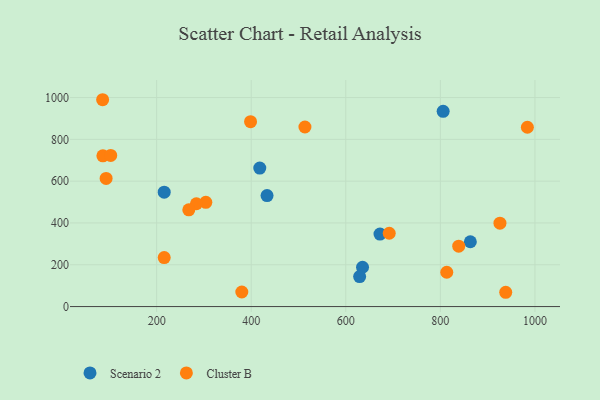
{"axis": {"x": "Study Hours", "y": "Exam Score"}, "legend": ["Cluster B", "Scenario 2"], "data": [{"x": "418.1", "y": 662.8, "type": "Scenario 2"}, {"x": "863.4", "y": 310.1, "type": "Scenario 2"}, {"x": "672.3", "y": 347.0, "type": "Scenario 2"}, {"x": "216.0", "y": 547.5, "type": "Scenario 2"}, {"x": "635.4", "y": 188.1, "type": "Scenario 2"}, {"x": "805.9", "y": 934.1, "type": "Scenario 2"}, {"x": "433.5", "y": 530.9, "type": "Scenario 2"}, {"x": "629.3", "y": 143.6, "type": "Scenario 2"}, {"x": "93.2", "y": 612.9, "type": "Cluster B"}, {"x": "513.6", "y": 859.1, "type": "Cluster B"}, {"x": "304.0", "y": 498.7, "type": "Cluster B"}, {"x": "838.8", "y": 288.8, "type": "Cluster B"}, {"x": "86.3", "y": 721.1, "type": "Cluster B"}, {"x": "398.6", "y": 884.6, "type": "Cluster B"}, {"x": "216.0", "y": 234.4, "type": "Cluster B"}, {"x": "984.0", "y": 857.8, "type": "Cluster B"}, {"x": "691.9", "y": 350.8, "type": "Cluster B"}, {"x": "380.1", "y": 69.7, "type": "Cluster B"}, {"x": "813.5", "y": 164.3, "type": "Cluster B"}, {"x": "85.8", "y": 989.6, "type": "Cluster B"}, {"x": "284.1", "y": 491.9, "type": "Cluster B"}, {"x": "938.2", "y": 68.4, "type": "Cluster B"}, {"x": "926.0", "y": 398.9, "type": "Cluster B"}, {"x": "102.9", "y": 723.0, "type": "Cluster B"}, {"x": "268.0", "y": 463.0, "type": "Cluster B"}]}